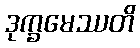
ဒုက္ခမေဿတိ